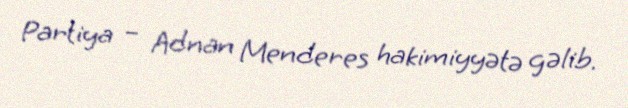
Partiya – Adnan Menderes hakimiyyətə gəlib.